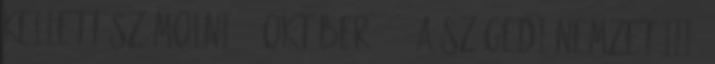
kellett számolni 6. Október 12.: A Szögedi Nemzet III.